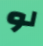
لو